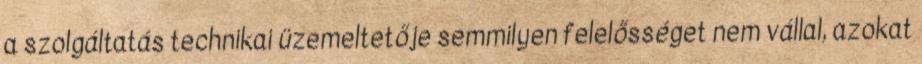
a szolgáltatás technikai üzemeltetője semmilyen felelősséget nem vállal, azokat